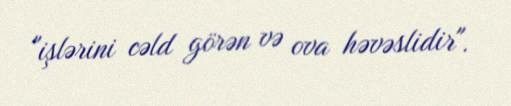
"işlərini cəld görən və ova həvəslidir".